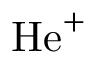
\mathrm { H e } ^ { + }